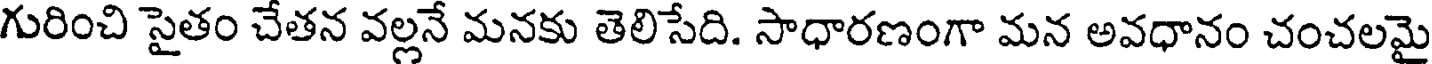
గురించి సైతం చేతన వల్లనే మనకు తెలిసేది. సాధారణంగా మన అవధానం చంచలమై